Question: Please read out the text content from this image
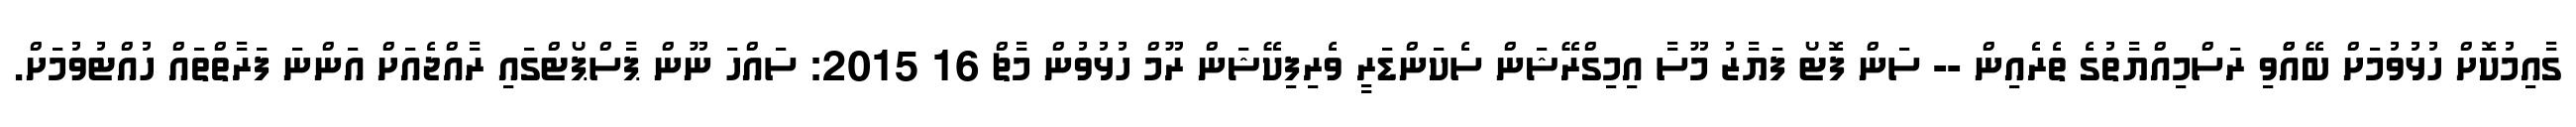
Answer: ގާއިމުކޮށް ހުޅުވުމަށް ބޭއްްވި ރަސްމިއްޔާތުގެ ތެރެއިން -- ސަން ފޮޓޯ ފަޔާޒު މޫސާ އިމިގްރޭޝަން ސެކަންޑަރީ ވެރިފިކޭޝަން ރޫމް ހުޅުވުން މާޗް 16 2015: ސައްހަ ނޫން ޕާސްޕޯޓްގައި ރާއްޖެއަށް އަންނަ ފަރާތްތައް ހުއްޓުވުމަށް.